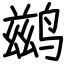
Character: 鹚